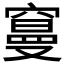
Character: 𥧭